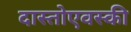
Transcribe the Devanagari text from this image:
दास्तोएवस्की